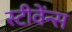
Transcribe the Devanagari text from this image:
स्टीवेंन्स